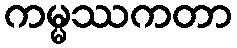
ကမ္မဿကတာ